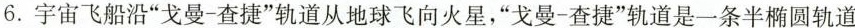
6.宇宙飞船沿”戈曼-查捷”轨道从地球飞向火星，”戈曼-查捷”轨道是一条半椭圆轨道